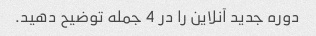
دوره جدید آنلاین را در 4 جمله توضیح دهید.